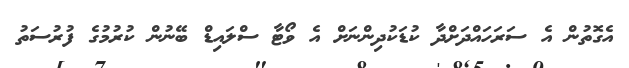
އެގޮތުން އެ ސަރަހައްދަށްދާ ކުޑަކުދިންނަށް އެ ވޯޓާ ސްލައިޑް ބޭނުން ކުރުމުގެ ފުރުސަތު